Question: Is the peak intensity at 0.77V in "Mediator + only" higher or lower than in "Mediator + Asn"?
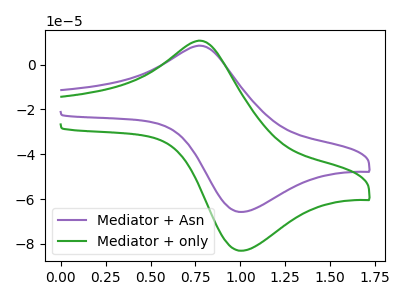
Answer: <think>The purple curve "Mediator + Asn" has an anodic peak at (0.75V, 8.50uA) and a cathodic peak at (1.00V, -65.80uA). The green curve "Mediator + only" has an anodic peak at (0.75V, 10.75uA) and a cathodic peak at (1.00V, -83.10uA).</think>
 <answer>The peak at 0.77V is higher in "Mediator + only" than in "Mediator + Asn".</answer>
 <eval>higher</eval>